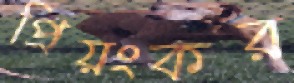
প্রিয়ংকর